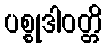
ပစ္စုဒါဝတ္တိ